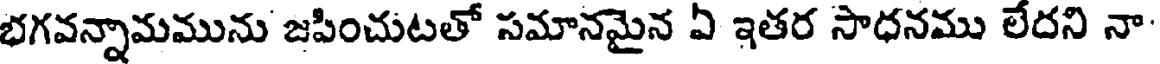
భగవన్నామమును జపించుటతో సమానమైన ఏ ఇతర సాధనము లేదని నా